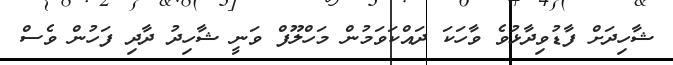
ޝާހިދަށް ފާޑުވިދާޅުވެ ވާހަކަ ދައްކަވަމުން މަހްލޫފް ވަނީ ޝާހިދު ދާދި ފަހުން ވެސް